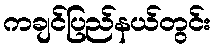
ကချင်ပြည်နယ်တွင်း